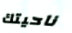
ناحيتك